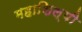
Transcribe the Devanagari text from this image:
महाशिल्पी